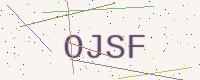
Text: OJSF